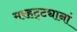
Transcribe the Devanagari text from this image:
मरहट्ट्यानां